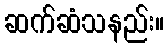
ဆက်ဆံသနည်း။